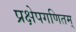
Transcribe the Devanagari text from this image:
प्रक्षेपगणितम्